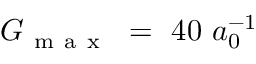
G _ { \mathrm { ~ m ~ a ~ x ~ } } ~ = ~ 4 0 ~ a _ { 0 } ^ { - 1 }